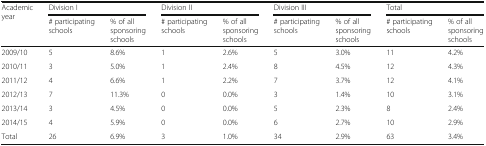
| <ROWSPAN=2> Academic year | <COLSPAN=2> Division I | <COLSPAN=2> Division II | <COLSPAN=2> Division III | <COLSPAN=2> Total |
 | # participating schools | % of all sponsoring schools | # participating schools | % of all sponsoring schools | # participating schools | % of all sponsoring schools | # participating schools | % of all sponsoring schools |
 | --- | --- | --- | --- | --- | --- | --- | --- | --- |
 | 2009/10 | 5 | 8.6% | 1 | 2.6% | 5 | 3.0% | 11 | 4.2% |
 | 2010/11 | 3 | 5.0% | 1 | 2.4% | 8 | 4.5% | 12 | 4.3% |
 | 2011/12 | 4 | 6.6% | 1 | 2.2% | 7 | 3.7% | 12 | 4.1% |
 | 2012/13 | 7 | 11.3% | 0 | 0.0% | 3 | 1.4% | 10 | 3.1% |
 | 2013/14 | 3 | 4.5% | 0 | 0.0% | 5 | 2.3% | 8 | 2.4% |
 | 2014/15 | 4 | 5.9% | 0 | 0.0% | 6 | 2.7% | 10 | 2.9% |
 | Total | 26 | 6.9% | 3 | 1.0% | 34 | 2.9% | 63 | 3.4% |